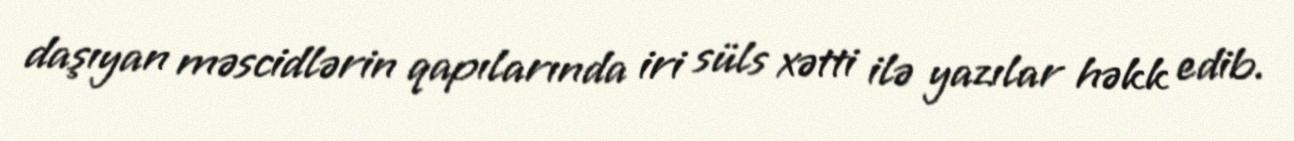
daşıyan məscidlərin qapılarında iri süls xətti ilə yazılar həkk edib.